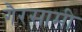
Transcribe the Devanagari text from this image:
गैरसामी